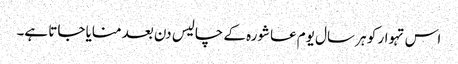
اس تہوار کو ہر سال یوم عاشورہ کے چالیس دن بعد منایا جاتا ہے۔